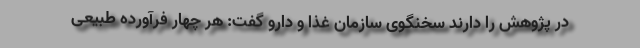
در پژوهش را دارند سخنگوی سازمان غذا و دارو گفت: هر چهار فرآورده طبیعی